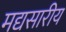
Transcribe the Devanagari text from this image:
मद्यसारीय